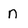
Character: n